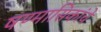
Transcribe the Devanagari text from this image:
षण्मासिकांचे